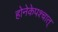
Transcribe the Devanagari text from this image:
होनेकेपश्चात्